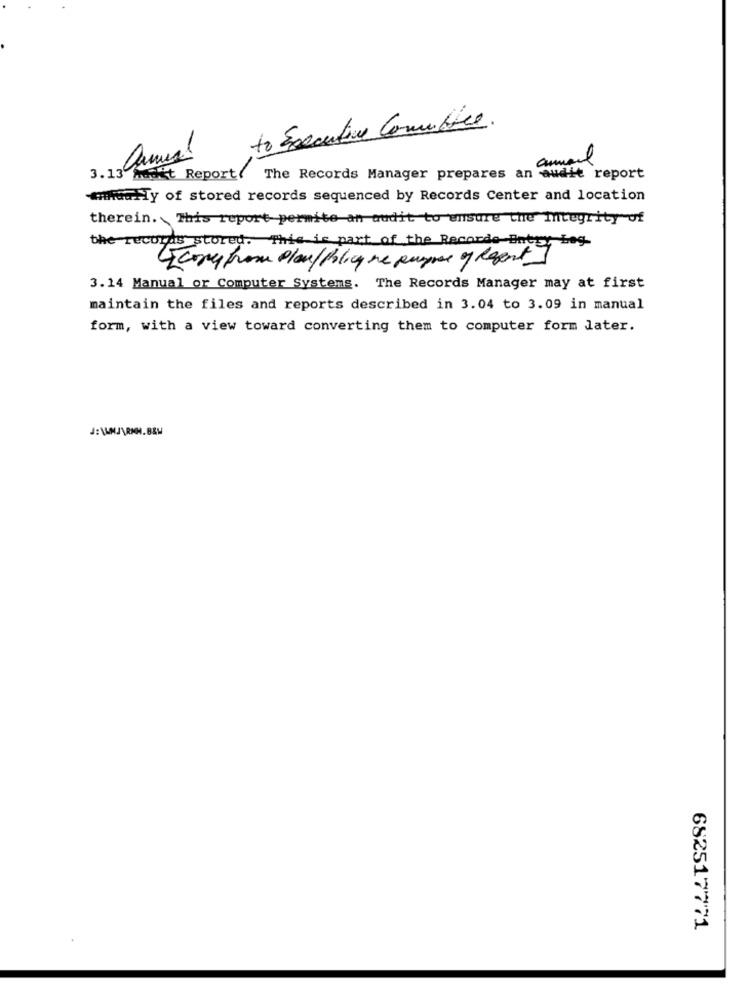
to Executive Committee.
3.13 mast Report The Records Manager prepares an audit report
mmnaGHTy of stored records sequenced by Records Center and location
therein. This report permite an audit to ensure the Integrity of
the records stored. This is part of the Records Enter Lag.
[come from place/policy ne empire of Repent]
3.14 Manual or Computer Systems. The Records Manager may at first
maintain the files and reports described in 3.04 to 3.09 in manual
form, with a view toward converting them to computer form later.
682517771